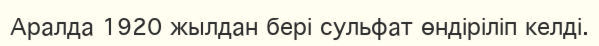
Аралда 1920 жылдан бері сульфат өндіріліп келді.